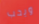
ويحب